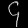
Digit: ၄